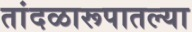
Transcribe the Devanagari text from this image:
तांदळारूपातल्या